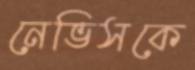
নেভিসকে